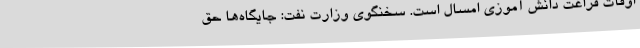
اوقات فراغت دانش آموزی امسال است. سخنگوی وزارت نفت: جایگاه‌ها حق